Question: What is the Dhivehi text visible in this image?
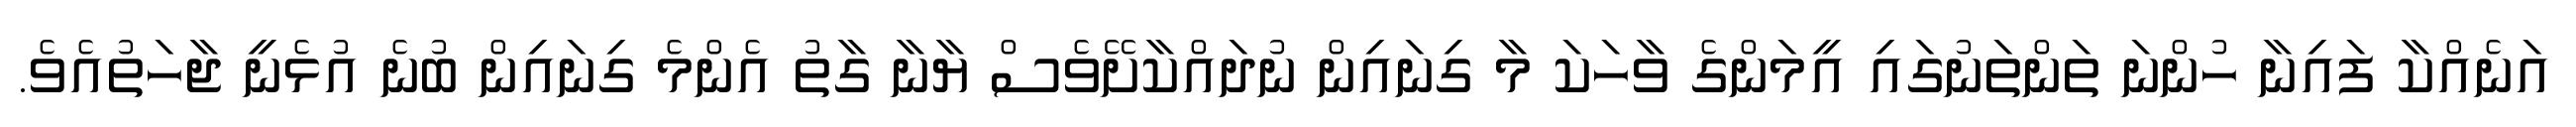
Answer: އަނެއްކާ ފައިނާ ހުންނަ ތަންތަނުގައި އީމަންގެ ވާހަކަ މާ ގިނައިން ނުދައްކާށޭވެސް ޔާނާ ގާތު އެންމެ ގިނައިން ބުނެ އުޅެނީ ޖާހަތުއެވެ.